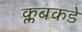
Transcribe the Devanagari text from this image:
क्लबकडे